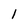
Character: 1